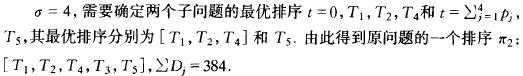
$\sigma = 4$, 需要确定两个子问题的最优排序 $t = 0,T_1,T_2,T_4$ 和 $t=\sum_{j = 1}^{4}p_j$, $T_5$, 其最优排序分别为 $[T_1,T_2,T_4]$ 和 $T_5$. 由此得到原问题的一个排序 $\pi_2$: $[T_1,T_2,T_4,T_3,T_5]$, $\sum D_j = 384$.